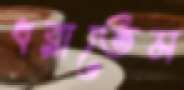
ধরাতেম